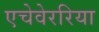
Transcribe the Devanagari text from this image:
एचेवेररिया